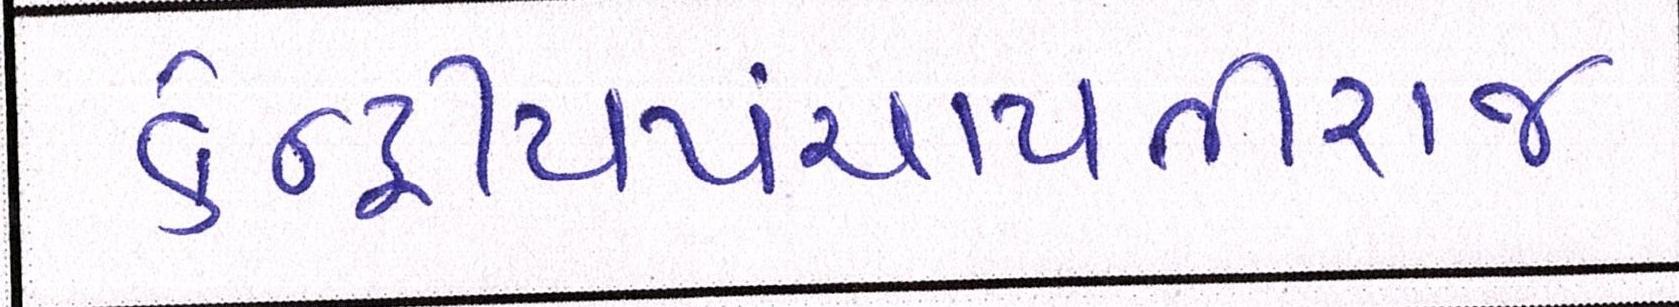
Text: કેન્દ્રીયપંચાયતીરાજ